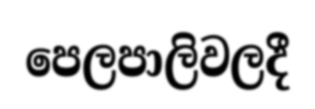
පෙලපාලිවලදී